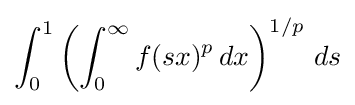
\int _{0}^{1}\left(\int _{0}^{\infty }f(sx)^{p}\,dx\right)^{1/p}\,ds